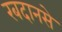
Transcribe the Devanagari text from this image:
रबदानसे